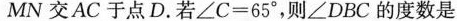
MN交AC于点D.若$$∠ C = 6 5 °$$，则∠DBC的度数是